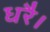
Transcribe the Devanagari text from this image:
धरै।